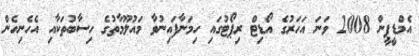
އެމްޑީޕީން 2008 ވަނަ އަހަރުގެ އޯޑިޓް ރިޕޯޓުގައި ހިމަނާފައިނުވާ މައުލޫމާތުގެ ހިސާބުތަކާއި އެހެނިހެން